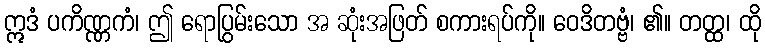
ဣဒံ ပကိဏ္ဏကံ၊ ဤ ရောပြွမ်းသော အ ဆုံးအဖြတ် စကားရပ်ကို။ ဝေဒိတဗ္ဗံ၊ ၏။ တတ္ထ၊ ထို